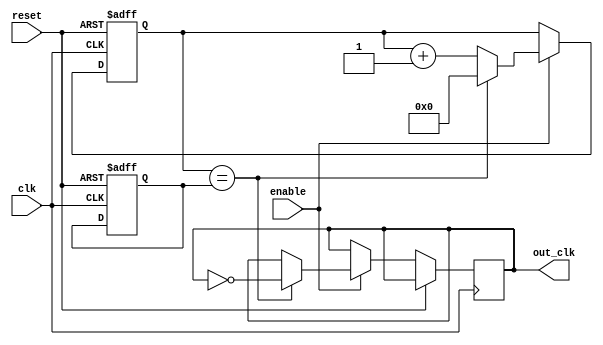
module fractional_clock_divider (
    input wire clk,
    input wire reset,
    input wire enable,
    output reg out_clk
);

reg [15:0] divider_value;
reg [15:0] counter;

always @ (posedge clk or posedge reset) begin
    if (reset) begin
        divider_value <= 16'hFFFF; // Initialize to maximum value
        counter <= 16'h0000;
    end else if (enable) begin
        if (counter == divider_value) begin
            counter <= 16'h0000;
            out_clk <= ~out_clk; // Toggles output clock signal
        end else begin
            counter <= counter + 1;
        end
    end
end

endmodule